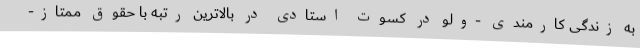
به زندگی کارمندی -ولو در کسوت استادی در بالاترین رتبه با حقوق ممتاز-